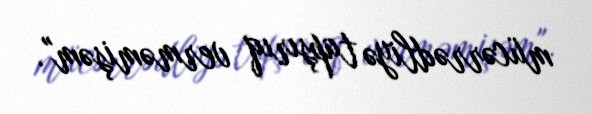
mücərrədliyə tapşırıq verməmişəm".